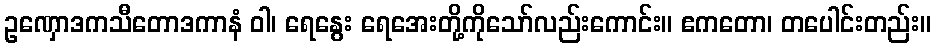
ဥဏှောဒကသီတောဒကာနံ ဝါ၊ ရေနွေး ရေအေးတို့ကိုသော်လည်းကောင်း။ ဧကတော၊ တပေါင်းတည်း။